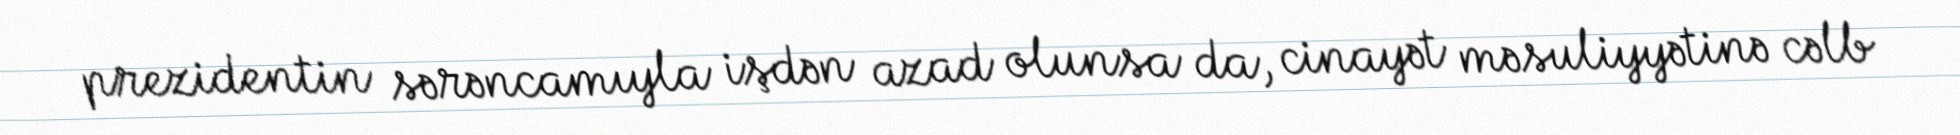
prezidentin sərəncamıyla işdən azad olunsa da, cinayət məsuliyyətinə cəlb